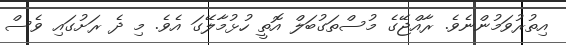
އިތުރުވަމުންނެވެ. ރާއްޖޭގެ މުސްތަގުބަލް އޮތީ ހުޅުމާލޭގަ އެވެ. މި ދެ ރަށުގައި ވެސް